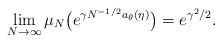
\begin{align*}\lim_{N\to\infty} \mu_N \bigl(e^{\gamma N^{-1/2}a_\theta(\eta)} \bigr)=e^{\gamma^2/2}.\end{align*}